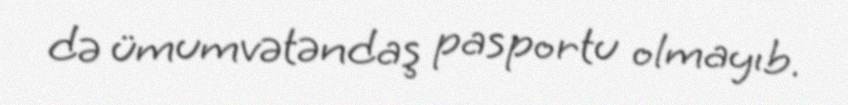
də ümumvətəndaş pasportu olmayıb.